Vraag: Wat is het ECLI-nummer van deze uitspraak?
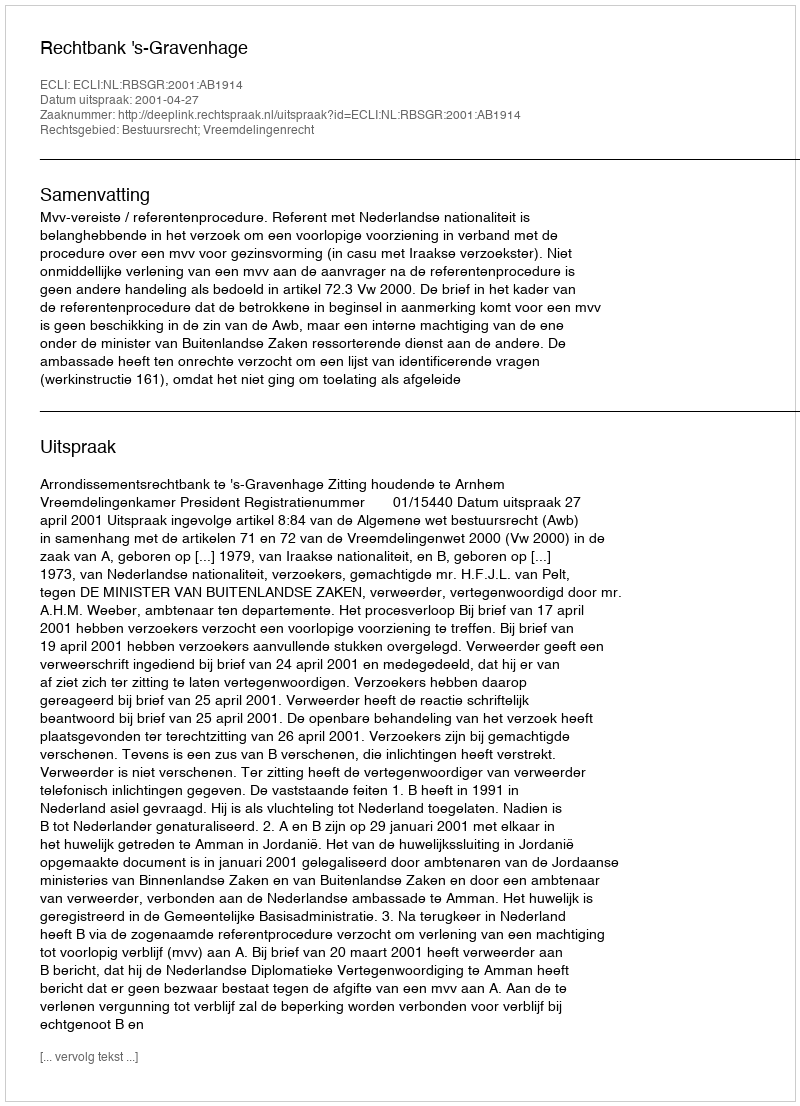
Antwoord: ECLI:NL:RBSGR:2001:AB1914